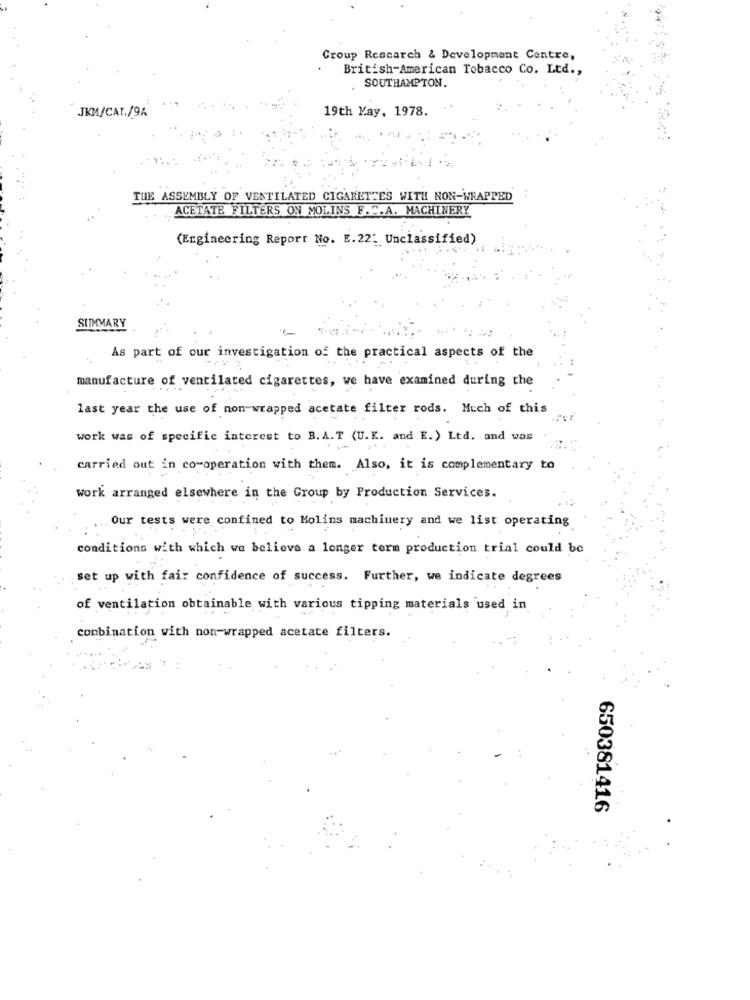
Croup Research & Development Centre,
British-American Tobacco Co. Ltd .,
SOUTHAMPTON.
JKM/CAT./9A
19th May, 1978.
THE ASSEMBLY OF VENTILATED CIGARETTES WITH NON-WRAPPED
ACETATE FILTERS ON MOLINS F.S.A. MACHINERY
(Engineering Report No. E.22: Unclassified)
SUMMARY
As part of our investigation of the practical aspects of the
manufacture of ventilated cigarettes, we have examined during the
last year the use of non-wrapped acetate filter rods. Much of this
work was of specific interest to B.A.T (U.K. and E.) Ltd. and was
-
carried out in co-operation with them. Also, it is complementary to
work arranged elsewhere in the Group by Production Services.
Our tests were confined to Molins machinery and we list operating
conditions with which we believe a longer term production trial could be
set up with fair confidence of success. Further, we indicate degrees
of ventilation obtainable with various tipping materials used in
combination with non-wrapped acetate filters.
650381416